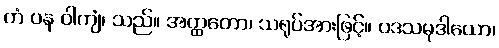
တံ ပန ဝါကျံ၊ သည်။ အတ္ထတော၊ သရုပ်အားဖြင့်။ ပဒသမုဒါယော၊